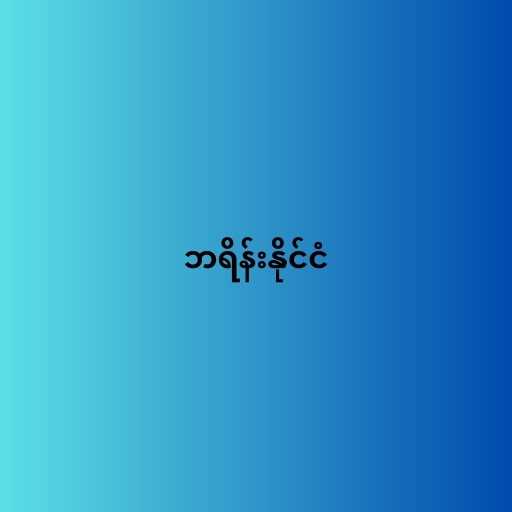
ဘရိန်းနိုင်ငံ